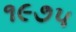
૧૯૭૫